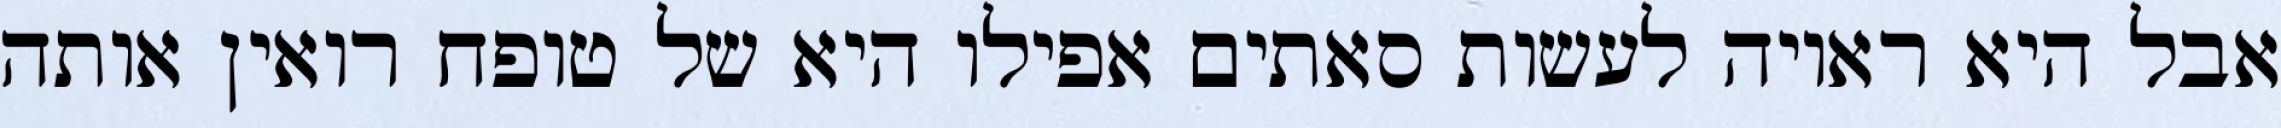
אבל היא ראויה לעשות סאתים אפילו היא של טופח רואין אותה